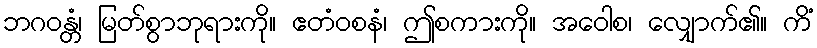
ဘဂဝန္တံ၊ မြတ်စွာဘုရားကို။ ဧတံဝစနံ၊ ဤစကားကို။ အဝေါစ၊ လျှောက်၏။ ကိံ